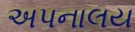
અપનાલય